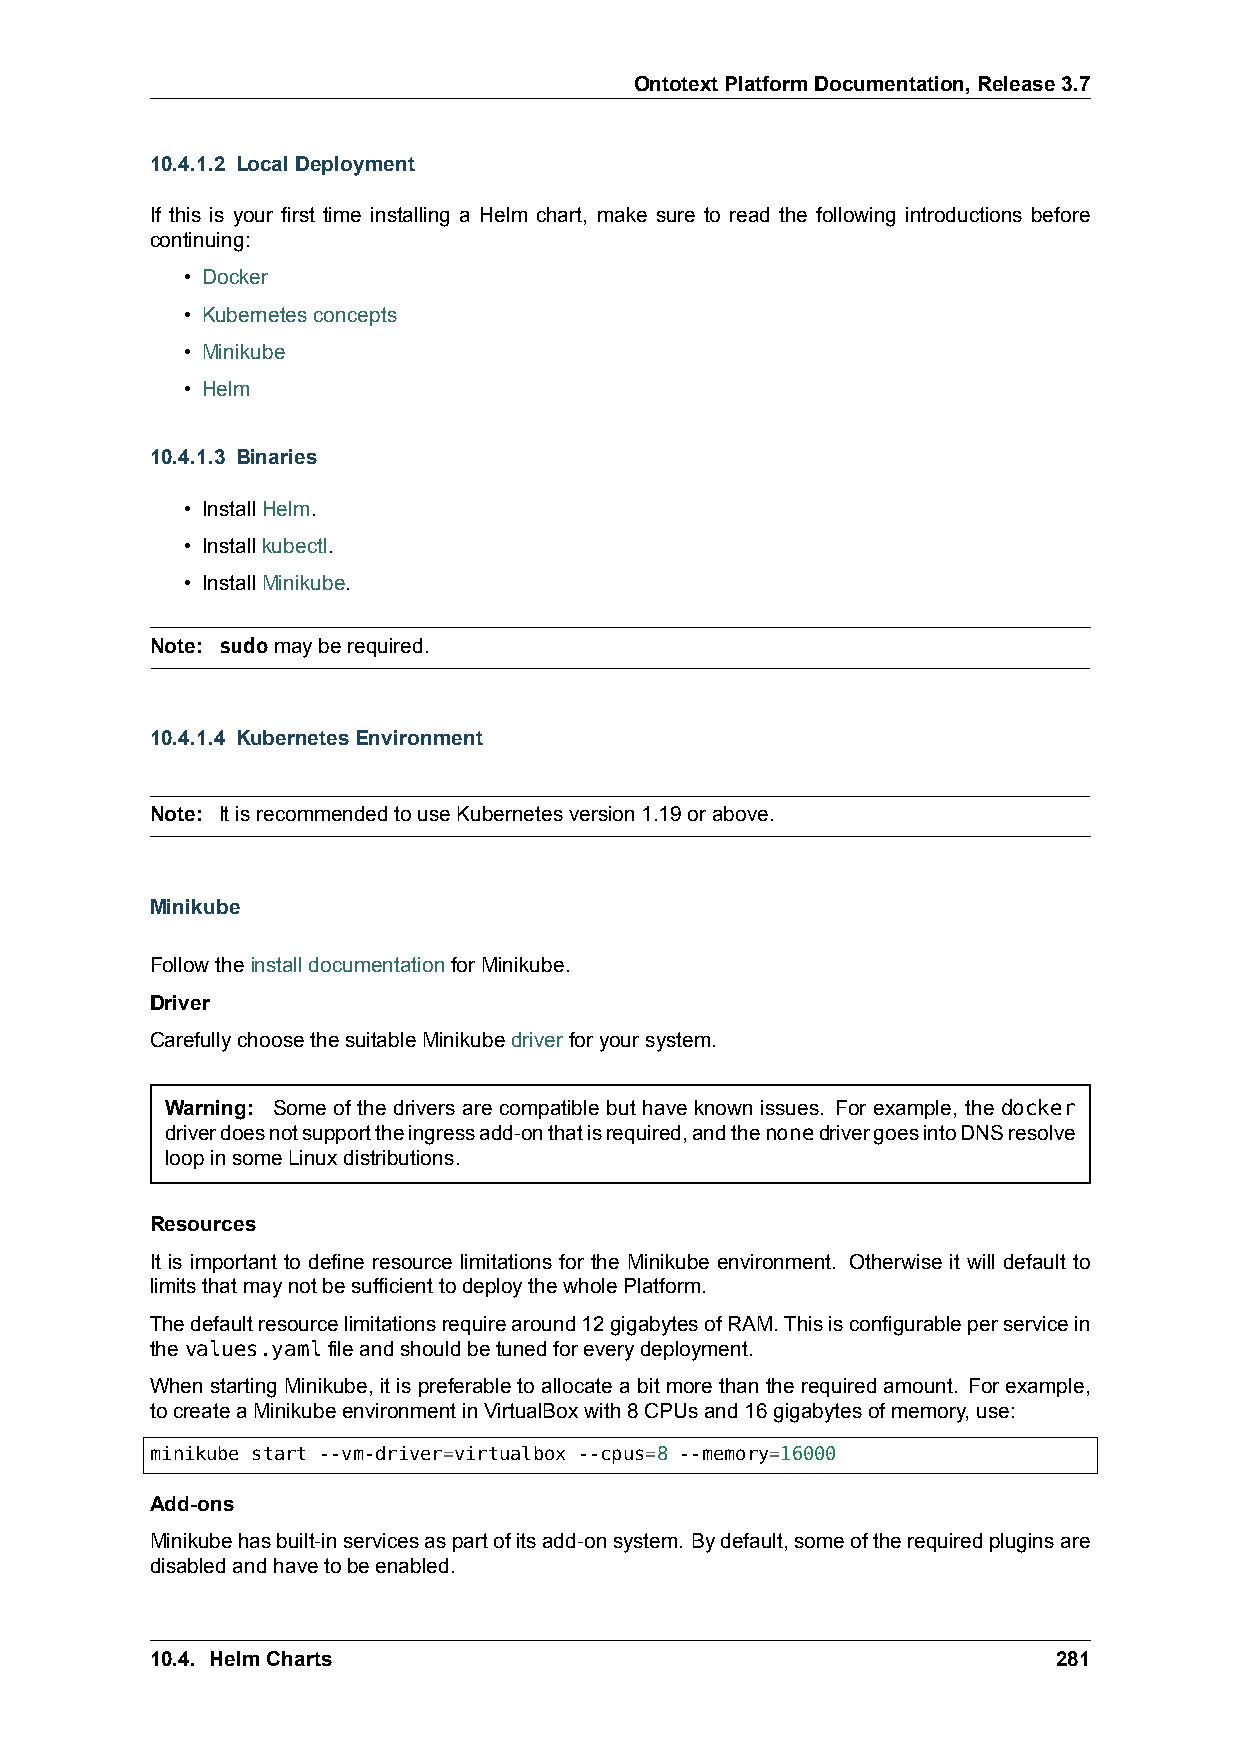
OntotextPlatformDocumentation,Release3.7
 10.4.1.2 LocalDeployment
 If this is your first time installing a Helm chart, make sure to read the following introductions before
 continuing:
 • Docker
 • Kubernetesconcepts
 • Minikube
 • Helm
 10.4.1.3 Binaries
 • InstallHelm.
 • Installkubectl.
 • InstallMinikube.
 Note: sudomayberequired.
 10.4.1.4 KubernetesEnvironment
 Note: ItisrecommendedtouseKubernetesversion1.19orabove.
 Minikube
 FollowtheinstalldocumentationforMinikube.
 Driver
 CarefullychoosethesuitableMinikubedriverforyoursystem.
 Warning: Some of the drivers are compatible but have known issues. For example, the docker
 driverdoesnotsupporttheingressadd-onthatisrequired,andthenonedrivergoesintoDNSresolve
 loopinsomeLinuxdistributions.
 Resources
 It is important to define resource limitations for the Minikube environment. Otherwise it will default to
 limitsthatmaynotbesufficienttodeploythewholePlatform.
 Thedefaultresourcelimitationsrequirearound12gigabytesofRAM.Thisisconfigurableperservicein
 thevalues.yamlfileandshouldbetunedforeverydeployment.
 When starting Minikube, it is preferable to allocate a bit more than the required amount. For example,
 tocreateaMinikubeenvironmentinVirtualBoxwith8CPUsand16gigabytesofmemory,use:
 minikube start --vm-driver=virtualbox --cpus=8 --memory=16000
 Add-ons
 Minikubehasbuilt-inservicesaspartofitsadd-onsystem. Bydefault,someoftherequiredpluginsare
 disabledandhavetobeenabled.
 10.4. HelmCharts                                            281